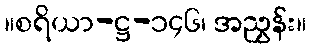
။စရိယာ-ဋ္ဌ-၁၄၆၊ အညွှန်း။